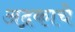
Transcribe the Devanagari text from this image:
अद्रकाचे